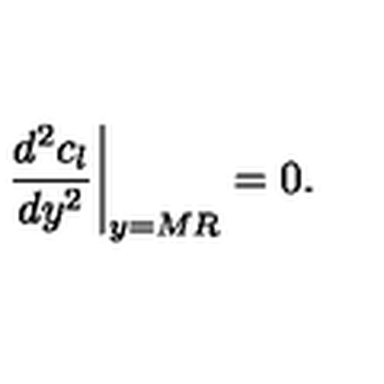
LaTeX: \left. { \frac { d ^ { 2 } c _ { l } } { d y ^ { 2 } } } \right| _ { y = M R } = 0 .